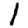
Digit: 1